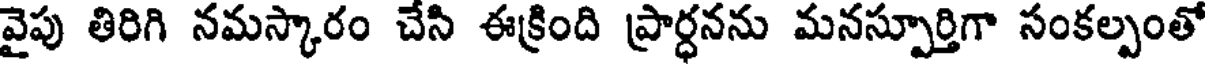
వైపు తిరిగి నమస్కారం చేసి ఈక్రింది ప్రార్ధనను మనస్పూర్తిగా సంకల్పంతో